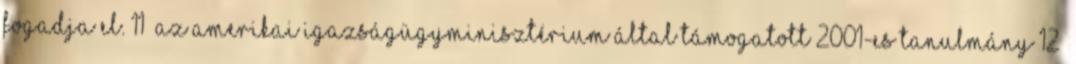
fogadja el. 11 Az amerikai igazságügyminisztérium által támogatott 2001-es tanulmány 12